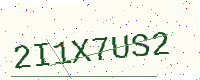
Text: 2I1X7US2